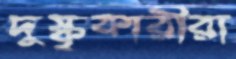
দুষ্কৃকারীরা